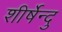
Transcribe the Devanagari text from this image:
शीर्षेन्दु